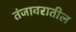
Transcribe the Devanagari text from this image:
तंजावरातील